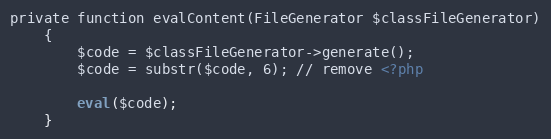
Language: PHP
private function evalContent(FileGenerator $classFileGenerator)
    {
        $code = $classFileGenerator->generate();
        $code = substr($code, 6); // remove <?php

        eval($code);
    }